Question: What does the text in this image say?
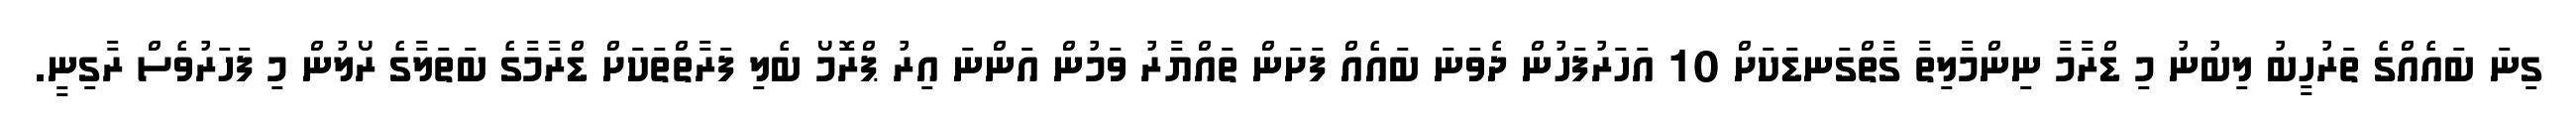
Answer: ގިނަ ބައެއްގެ ތަރުހީބު ލިބުނު މި ޑްރާމާ ނިންމާލިތާ ގާތްގަނޑަކަށް 10 އަހަރުފަހުން ދެވަނަ ބައެއް ފަށަން ތައްޔާރު ވަމުން އަންނަ އިރު ޕްރޮމޯ ބެލި ފަރާތްތަކަށް ޑްރާމާގެ ބަތަލާގެ ރޯލުން މި ފަހަރުވެސް ރާގިނީ.